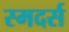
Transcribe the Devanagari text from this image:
स्मदर्स